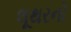
લૂથરનો